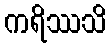
ကရိဿသိ